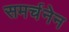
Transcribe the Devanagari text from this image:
समर्चनेन